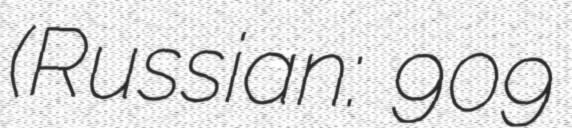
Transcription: (Russian: Космос 909